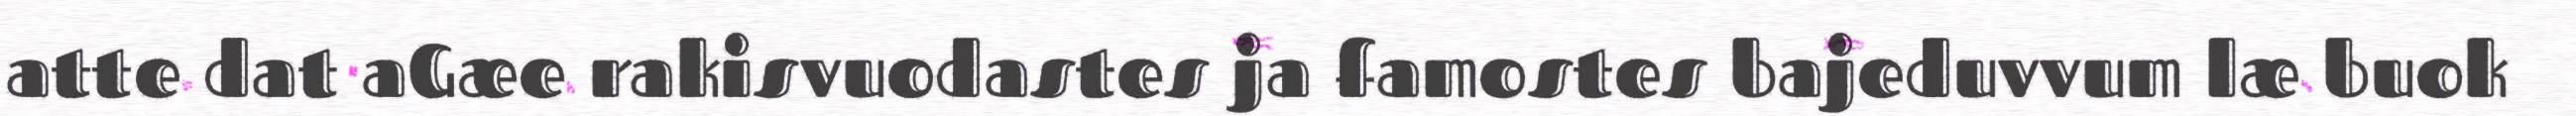
atte dat aGæe rakisvuodastes ja famostes bajeduvvum læ buok